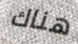
هناك